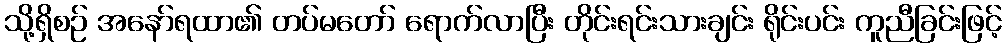
သို့ရှိစဉ် အနော်ရထာ၏ တပ်မတော် ရောက်လာပြီး တိုင်းရင်းသားချင်း ရိုင်းပင်း ကူညီခြင်းဖြင့်